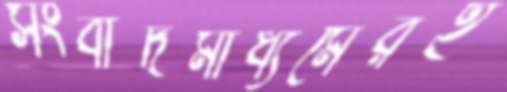
সংবাদমাধ্যমেরই